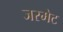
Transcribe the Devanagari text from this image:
जरमेट